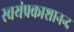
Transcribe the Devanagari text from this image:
स्वयंप्रकाशानन्द